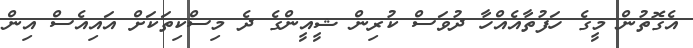
އެގޮތުން މީގެ ހަފުތާއެއްހާ ދުވަސް ކުރިން ޝީއީންގެ ދެ މިސްކިތަކަށް އައިއެސް އިން